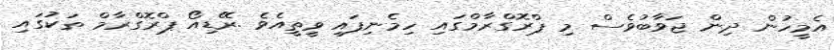
އެމީހުން ދިން ޖަވާބުވެސް މި ޕްރޮގްރާމްގައި ހިމެނިފައި ވީތީއެވެ .ރޭޑިއޯ ޕްރޮގްރާމް ތަކުގައި